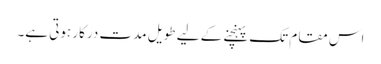
اس مقام تک پہنچنے کے لیے طویل مدت درکار ہوتی ہے۔